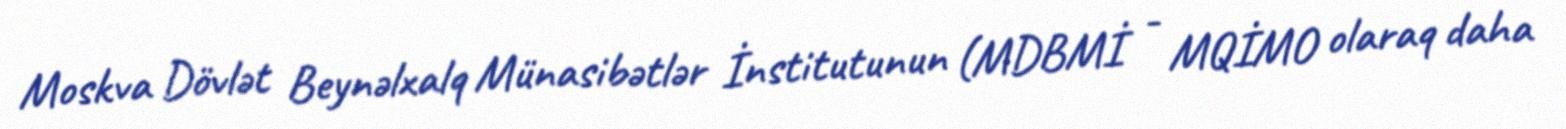
Moskva Dövlət Beynəlxalq Münasibətlər İnstitutunun (MDBMİ - MQİMO olaraq daha